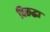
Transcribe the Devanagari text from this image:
विरूद्धा